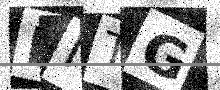
Text: BNTG